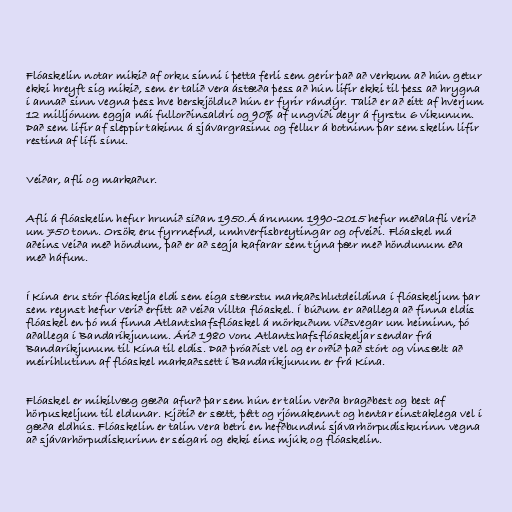
Flóaskelin notar mikið af orku sinni í þetta ferli sem gerir það að verkum að hún getur
ekki hreyft sig mikið, sem er talið vera ástæða þess að hún lifir ekki til þess að hrygna
í annað sinn vegna þess hve berskjölduð hún er fyrir rándýr. Talið er að eitt af hverjum
12 milljónum eggja nái fullorðinsaldri og 90% af ungviði deyr á fyrstu 6 vikunum.
Það sem lifir af sleppir takinu á sjávargrasinu og fellur á botninn þar sem skelin lifir
restina af lífi sínu.

Veiðar, afli og markaður.

Afli á flóaskelin hefur hrunið síðan 1950.Á árunum 1990-2015 hefur meðalafli verið
um 750 tonn. Orsök eru fyrrnefnd, umhverfisbreytingar og ofveiði. Flóaskel má
aðeins veiða með höndum, það er að segja kafarar sem týna þær með höndunum eða
með háfum.

Í Kína eru stór flóaskelja eldi sem eiga stærstu markaðshlutdeildina í flóaskeljum þar
sem reynst hefur verið erfitt að veiða villta flóaskel. Í búðum er aðallega að finna eldis
flóaskel en þó má finna Atlantshafsflóaskel á mörkuðum víðsvegar um heiminn, þó
aðallega í Bandaríkjunum. Árið 1980 voru Atlantshafsflóaskeljar sendar frá
Bandaríkjunum til Kína til eldis. Það þróaðist vel og er orðið það stórt og vinsælt að
meirihlutinn af flóaskel markaðssett í Bandaríkjunum er frá Kína.

Flóaskel er mikilvæg gæða afurð þar sem hún er talin verða bragðbest og best af
hörpuskeljum til eldunar. Kjötið er sætt, þétt og rjómakennt og hentar einstaklega vel í
gæða eldhús. Flóaskelin er talin vera betri en hefðbundni sjávarhörpudiskurinn vegna
að sjávarhörpudiskurinn er seigari og ekki eins mjúk og flóaskelin.